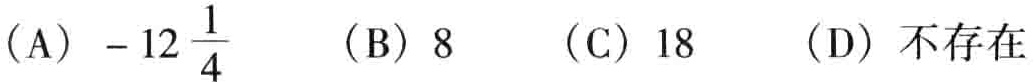
（A）\(-12\frac{1}{4}\)  （B）\(8\)  （C）\(18\)  （D）不存在